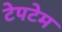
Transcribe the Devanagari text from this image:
टेपटेम